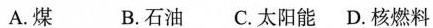
A.煤 B.石油C.太阳能D.核燃料